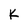
Character: K